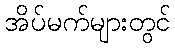
အိပ်မက်များတွင်